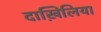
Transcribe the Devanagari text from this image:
दाख़िलिया